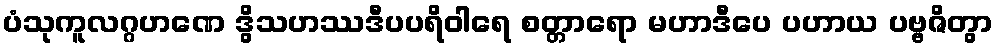
ပံသုကူလဂ္ဂဟဏေ ဒွိသဟဿဒီပပရိဝါရေ စတ္တာရော မဟာဒီပေ ပဟာယ ပဗ္ဗဇိတွာ